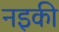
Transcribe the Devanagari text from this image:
नइकी